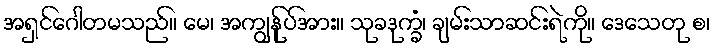
အရှင်ဂေါတမသည်။ မေ၊ အကျွန်ုပ်အား။ သုခဒုက္ခံ၊ ချမ်းသာဆင်းရဲကို။ ဒေသေတု စ၊